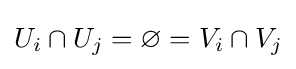
U_{i}\cap U_{j}=\varnothing =V_{i}\cap V_{j}